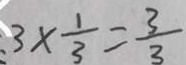
3 \times \frac { 1 } { 3 } = \frac { 3 } { 3 }